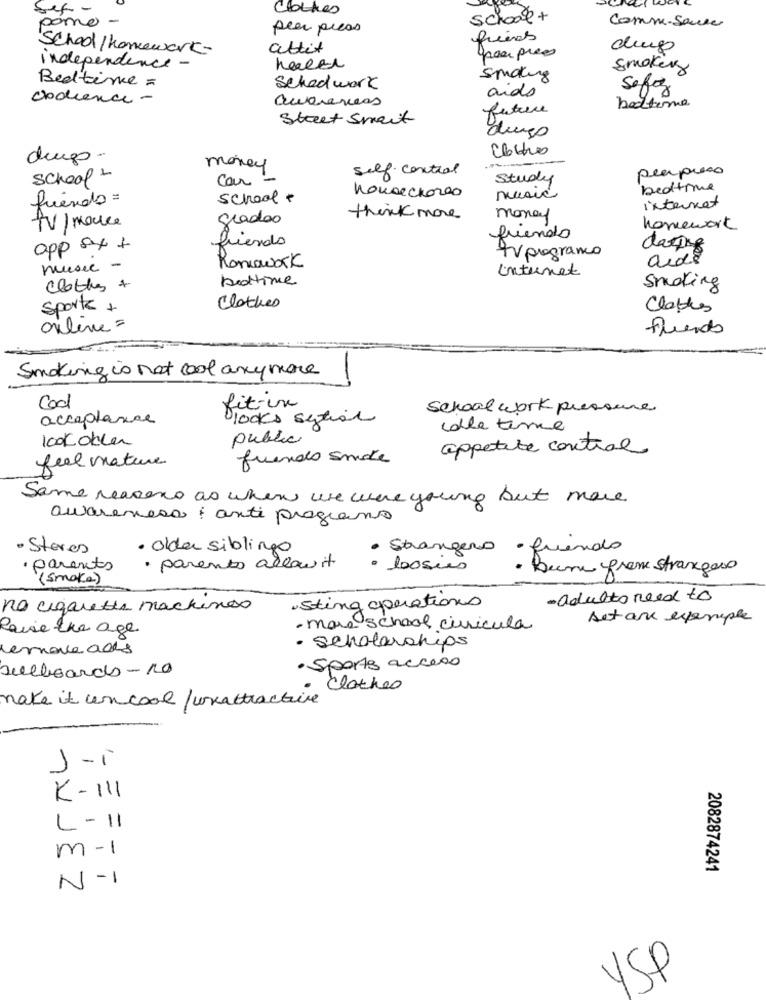
Sex -
Clothes
school+
pomo.
peer press
Comme-Sauce
friens
School / homework-
attit
duup
gros pres
independence -
Smokers
Bedtime =
spacing
Schedwork
aids
Sefaz
codience -
future
batere
Street Smart
Lungo
drugo.
money
self control
peerposso
school +
Car -
Study
bedtime
friendo =
school +
music
internet
grados
think more
money
tv/ mouce
homework
friendo
app ax+
friends
dating
Koniawok
tvprogramo
aids
music -
internet
boottime
Clothes +
Smoking
Sports +
Clothes
Clothes
online=
friends
Smoking is not cool anymore
Cod
fit-in
School work pressure
acceptance
Blocks systime
cle time
100 Kokle
public
appetite central
frendo smake
feel mature
Some reasons as when we were young but more
awareness : anti programs
· Steres
· Older siblingo
Strangero
- fuendo
· parents
· parents allaw it
logies
Bene from strangers
(smoke)
- adulto need to
no cigarette machines
sting operations
set an example
Raise the age.
· more school curricula
remove ads
- scholarships
sulboards-10
· Sports acceso
clothes
make it uncool / wrattractive
J-i
K-111
L-11
m-1
2082874241
N-1
YSP